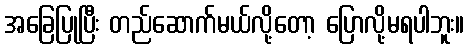
အခြေပြုပြီး တည်ဆောက်မယ်လို့တော့ ပြောလို့မရပါဘူး။